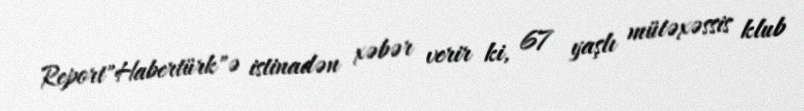
Report"Habertürk"ə istinadən xəbər verir ki, 67 yaşlı mütəxəssis klub